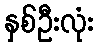
နှစ်ဦးလုံး